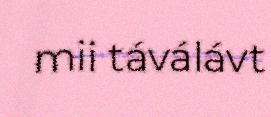
mii táválávt